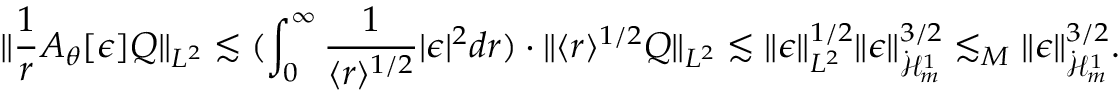
\| \frac { 1 } { r } A _ { \theta } [ \epsilon ] Q \| _ { L ^ { 2 } } \lesssim ( \int _ { 0 } ^ { \infty } \frac { 1 } { \langle r \rangle ^ { 1 / 2 } } | \epsilon | ^ { 2 } d r ) \cdot \| \langle r \rangle ^ { 1 / 2 } Q \| _ { L ^ { 2 } } \lesssim \| \epsilon \| _ { L ^ { 2 } } ^ { 1 / 2 } \| \epsilon \| _ { \dot { \mathcal H } _ { m } ^ { 1 } } ^ { 3 / 2 } \lesssim _ { M } \| \epsilon \| _ { \dot { \mathcal H } _ { m } ^ { 1 } } ^ { 3 / 2 } .